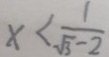
x < \frac { 1 } { \sqrt { 3 } - 2 }